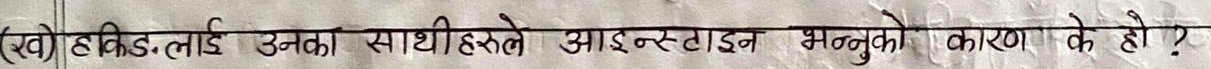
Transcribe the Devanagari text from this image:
(ख) हकिङ-लाई उनका साथीहरूले आइन्स्टाइन भन्नुको कारण के हो ?